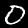
Digit: 0